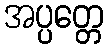
အပ္ပတ္တေ